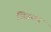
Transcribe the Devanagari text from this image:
जितशत्रु